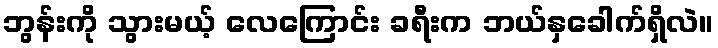
ဘွန်းကို သွားမယ့် လေကြောင်း ခရီးက ဘယ်နှခေါက်ရှိလဲ။